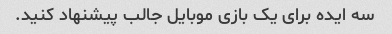
سه ایده برای یک بازی موبایل جالب پیشنهاد کنید.